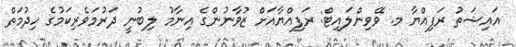
އައިޝަތު ރަފިއްޔާ މ. ވޭވިންލައިޓް: ރަފިއްޔާއަށް ޒުވާނުންގެ އިނާމު ލިބުނީ ދަރުމަވެރިކަމުގެ ހިދުމަތް